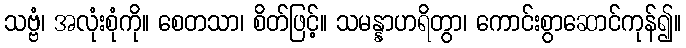
သဗ္ဗံ၊ အလုံးစုံကို။ စေတသာ၊ စိတ်ဖြင့်။ သမန္နာဟရိတွာ၊ ကောင်းစွာဆောင်ကုန်၍။